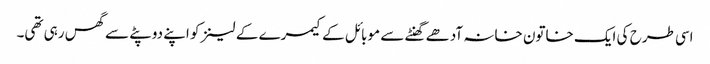
اسی طرح کی ایک خاتون خانہ آدھے گھنٹے سے موبائل کے کیمرے کے لینز کو اپنے دوپٹے سے گھس رہی تھی۔